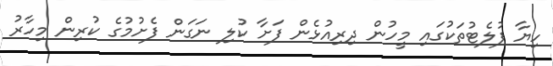
ހިޔާ ފުލެޓުތަކުގައި މީހުން ދިރިއުޅެން ފަށާ ކުލި ނަގަން ފެށުމުގެ ކުރިން މިހާރު